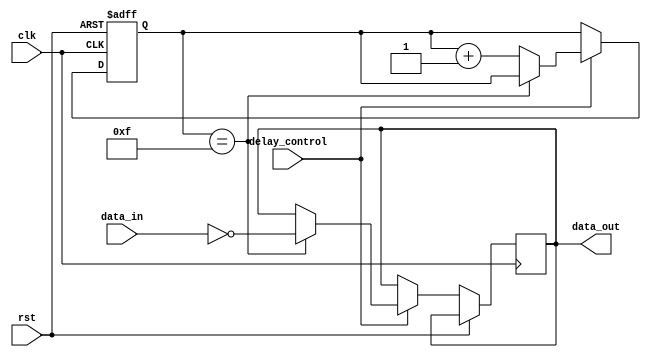
module nor_gate_delay (
    input clk,
    input rst,
    input delay_control,
    input data_in,
    output reg data_out
);

reg [3:0] delay_counter;

always @(posedge clk or posedge rst) begin
    if (rst) begin
        delay_counter <= 4'b0000;
    end else begin
        if (delay_control) begin
            if (delay_counter == 4'b1111) begin
                data_out <= ~data_in;
            end else begin
                delay_counter <= delay_counter + 1;
            end
        end
    end
end

endmodule